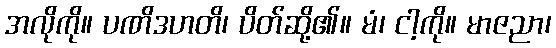
အလိုကို။ ပဏိဒဟတိ၊ ပိတ်ဆို့၏။ မံ၊ ငါ့ကို။ မာဇညာ၊